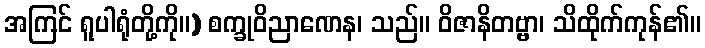
အကြင် ရူပါရုံတို့ကို။) စက္ခုဝိညာဏေန၊ သည်။ ဝိဇာနိတဗ္ဗာ၊ သိထိုက်ကုန်၏။